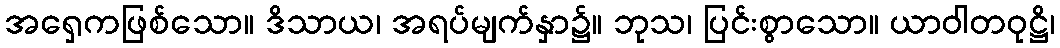
အရှေကဖြစ်သော။ ဒိသာယ၊ အရပ်မျက်နှာ၌။ ဘုသ၊ ပြင်းစွာသော။ ယာဝါတဝုဋ္ဌိ၊